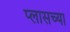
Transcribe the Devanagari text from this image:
प्लासच्या